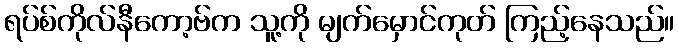
ရပ်စ်ကိုလ်နီကော့ဗ်က သူ့ကို မျက်မှောင်ကုတ် ကြည့်နေသည်။